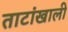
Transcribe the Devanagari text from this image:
ताटांखाली